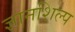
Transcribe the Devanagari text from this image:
ज्ञानशिल्प